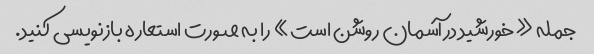
جمله «خورشید در آسمان روشن است» را به صورت استعاره بازنویسی کنید.